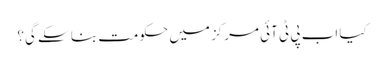
کیا اب پی ٹی آئی مرکز میں حکومت بنا سکے گی؟